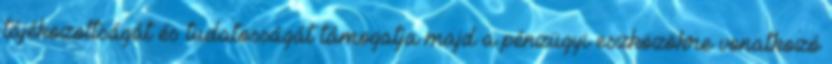
tájékozottságát és tudatosságát támogatja majd a pénzügyi eszközökre vonatkozó